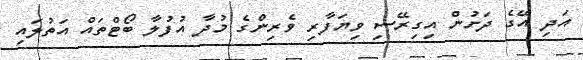
އަދި އޭގެ ދަށުން އިގިރޭސި ވިޔަފާރި ވެރިންގެ މުދާ އުފުލާ ބޯޓްތައް އަތުލައި